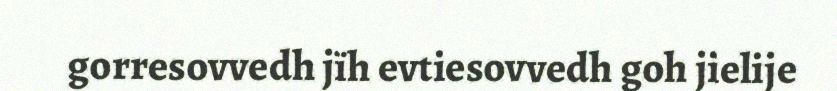
gorresovvedh jïh evtiesovvedh goh jielije